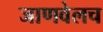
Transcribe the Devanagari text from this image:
जाणवेलच